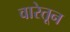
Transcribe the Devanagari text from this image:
वारेतून